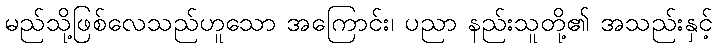
မည်သို့ဖြစ်လေသည်ဟူသော အကြောင်း၊ ပညာ နည်းသူတို့၏ အသည်းနှင့်